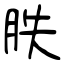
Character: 胅